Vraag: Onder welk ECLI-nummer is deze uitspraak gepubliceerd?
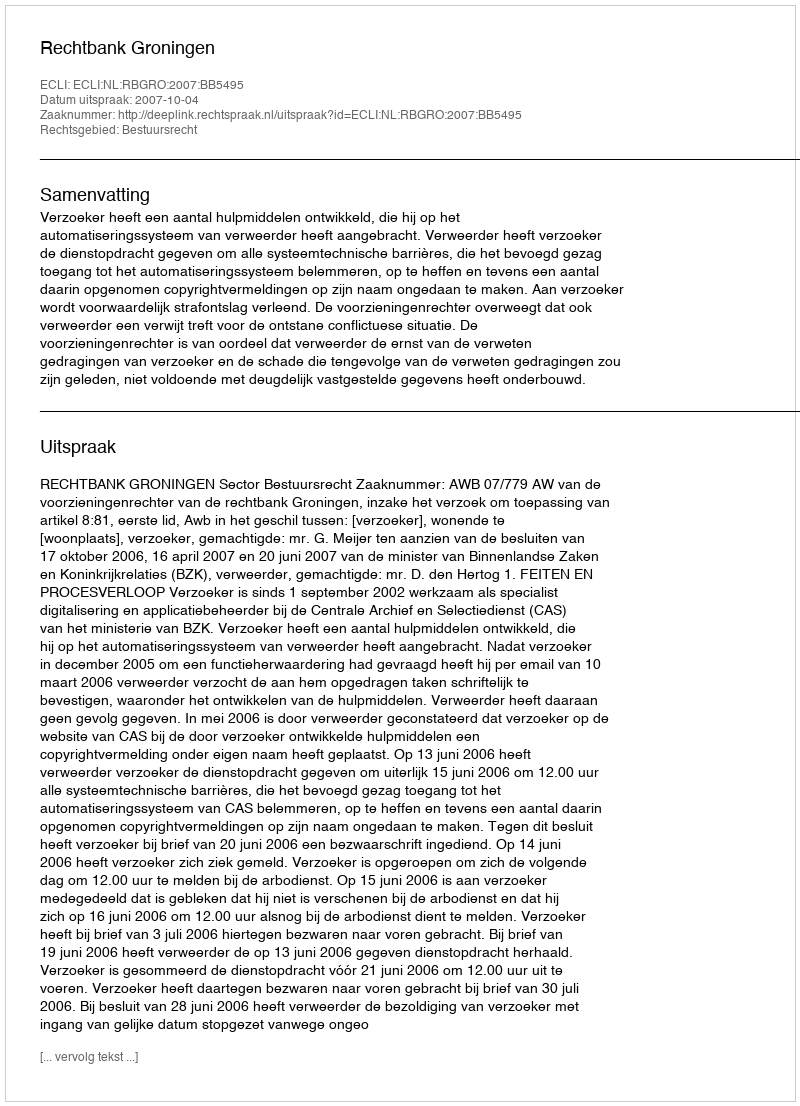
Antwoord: ECLI:NL:RBGRO:2007:BB5495